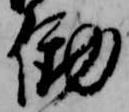
働